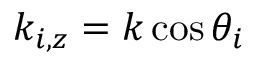
k _ { i , z } = k \cos \theta _ { i }